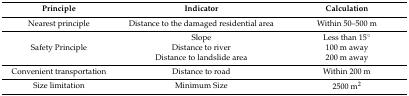
<table><thead><tr><td><b>Principle</b></td><td><b>Indicator</b></td><td><b>Calculation</b></td></tr></thead><tbody><tr><td>Nearest principle</td><td>Distance to the damaged residential area</td><td>Within 50–500 m</td></tr><tr><td rowspan="3">Safety Principle</td><td>Slope</td><td>Less than 15°</td></tr><tr><td>Distance to river</td><td>100 m away</td></tr><tr><td>Distance to landslide area</td><td>200 m away</td></tr><tr><td>Convenient transportation</td><td>Distance to road</td><td>Within 200 m</td></tr><tr><td>Size limitation</td><td>Minimum Size</td><td>2500 m<sup>2</sup></td></tr></tbody></table>